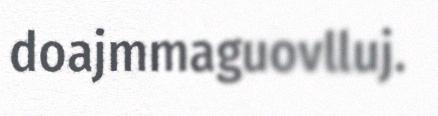
doajmmaguovlluj.